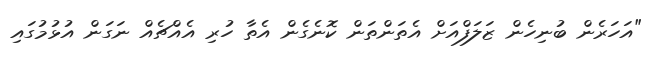
"އަހަރެން ބުނިހެން ޒަލަފްއަށް އެތަންތަން ކޮނެގެން އެތާ ހުރި އެއްޗެއް ނަގަން އުޅުމުގައި